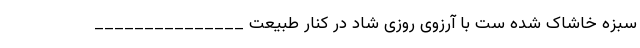
سبزه خاشاک شده ست با آرزوی روزی شاد در کنار طبیعت _______________